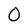
Character: O